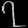
Digit: ၇